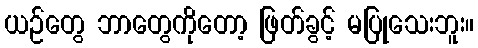
ယဉ်တွေ ဘာတွေကိုတော့ ဖြတ်ခွင့် မပြုသေးဘူး။